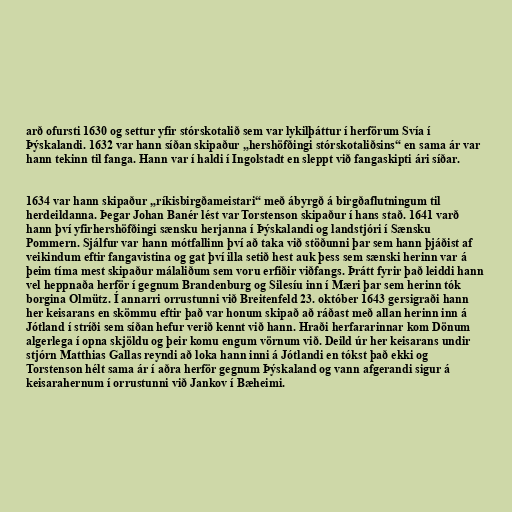
arð ofursti 1630 og settur yfir stórskotalið sem var lykilþáttur í herförum Svía í
Þýskalandi. 1632 var hann síðan skipaður „hershöfðingi stórskotaliðsins“ en sama ár var
hann tekinn til fanga. Hann var í haldi í Ingolstadt en sleppt við fangaskipti ári síðar.

1634 var hann skipaður „ríkisbirgðameistari“ með ábyrgð á birgðaflutningum til
herdeildanna. Þegar Johan Banér lést var Torstenson skipaður í hans stað. 1641 varð
hann því yfirhershöfðingi sænsku herjanna í Þýskalandi og landstjóri í Sænsku
Pommern. Sjálfur var hann mótfallinn því að taka við stöðunni þar sem hann þjáðist af
veikindum eftir fangavistina og gat því illa setið hest auk þess sem sænski herinn var á
þeim tíma mest skipaður málaliðum sem voru erfiðir viðfangs. Þrátt fyrir það leiddi hann
vel heppnaða herför í gegnum Brandenburg og Silesíu inn í Mæri þar sem herinn tók
borgina Olmütz. Í annarri orrustunni við Breitenfeld 23. október 1643 gersigraði hann
her keisarans en skömmu eftir það var honum skipað að ráðast með allan herinn inn á
Jótland í stríði sem síðan hefur verið kennt við hann. Hraði herfararinnar kom Dönum
algerlega í opna skjöldu og þeir komu engum vörnum við. Deild úr her keisarans undir
stjórn Matthias Gallas reyndi að loka hann inni á Jótlandi en tókst það ekki og
Torstenson hélt sama ár í aðra herför gegnum Þýskaland og vann afgerandi sigur á
keisarahernum í orrustunni við Jankov í Bæheimi.